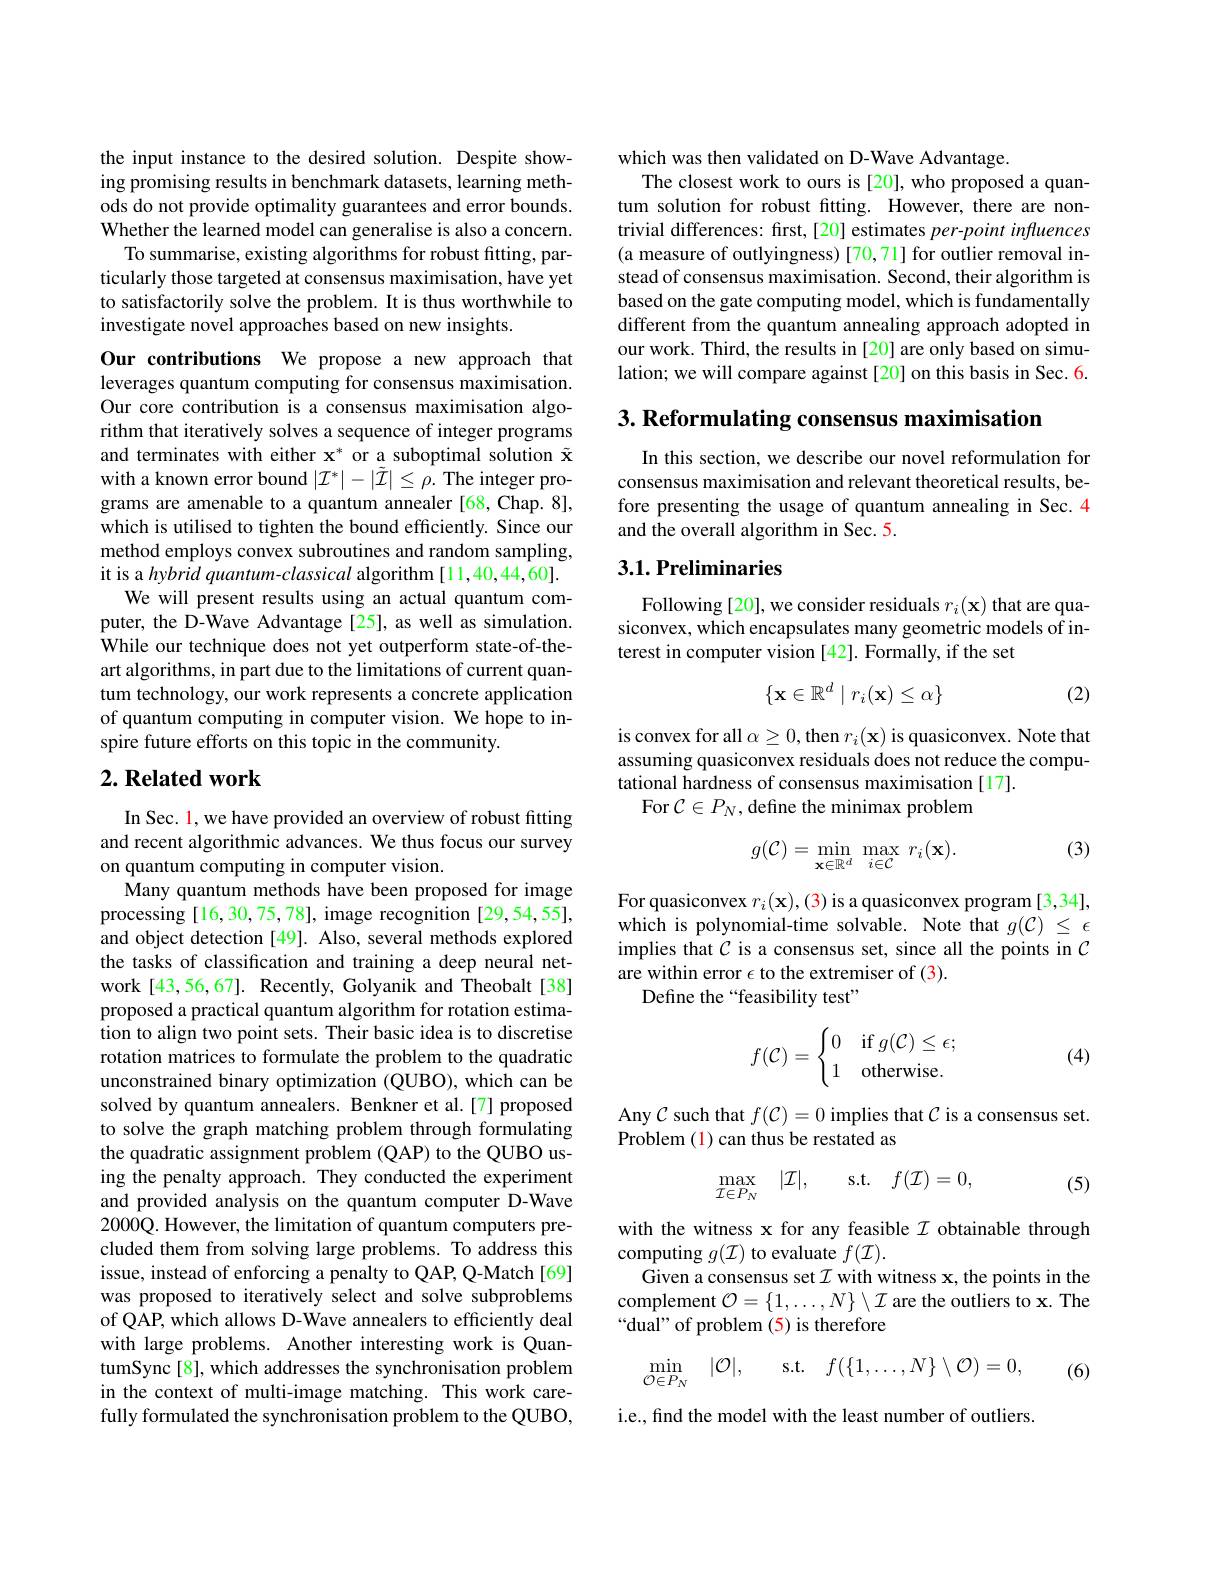
the input instance to the desired solution. Despite showing promising results in benchmark datasets, learning methods do not provide optimality guarantees and error bounds. Whether the learned model can generalise is also a concern.
To summarise, existing algorithms for robust fitting, particularly those targeted at consensus maximisation, have yet to satisfactorily solve the problem. It is thus worthwhile to investigate novel approaches based on new insights.

Our contributions We propose a new approach that leverages quantum computing for consensus maximisation. Our core contribution is a consensus maximisation algorithm that iteratively solves a sequence of integer programs and terminates with either x* or a suboptimal solution $\tilde{\mathbf{x}}$ with a known error bound $|\mathcal{I}^*|-|\tilde{\mathcal{I}}|\leq\rho.$ The integer programs are amenable to a quantum annealer[68,Chap. 8], which is utilised to tighten the bound efficiently. Since our method employs convex subroutines and random sampling, it is a hybrid quantum-classical algorithm [11,40,44,60].
We will present results using an actual quantum computer, the D-Wave Advantage[25], as well as simulation. While our technique does not yet outperform state-of-theart algorithms, in part due to the limitations of current quantum technology, our work represents a concrete application of quantum computing in computer vision. We hope to inspire future efforts on this topic in the community.

## $2. \textbf{ Related work}$

In Sec. 1, we have provided an overview of robust fitting and recent algorithmic advances. We thus focus our survey on quantum computing in computer vision.
Many quantum methods have been proposed for image processing [16,30,75,78], image recognition [29,54,55], and object detection [49]. Also, several methods explored the tasks of classification and training a deep neural network [43,56,67]. Recently, Golyanik and Theobalt[38] proposed a practical quantum algorithm for rotation estimation to align two point sets. Their basic idea is to discretise rotation matrices to formulate the problem to the quadratic unconstrained binary optimization (QUBO), which can be solved by quantum annealers. Benkner et al.[7] proposed to solve the graph matching problem through formulating the quadratic assignment problem (QAP) to the QUBO using the penalty approach. They conducted the experiment and provided analysis on the quantum computer D-Wave 2000Q. However, the limitation of quantum computers precluded them from solving large problems. To address this issue, instead of enforcing a penalty to QAP, Q-Match [69] was proposed to iteratively select and solve subproblems of QAP, which allows D-Wave annealers to efficiently deal with large problems. Another interesting work is QuantumSync [8], which addresses the synchronisation problem in the context of multi-image matching. This work carefully formulated the synchronisation problem to the QUBO,

which was then validated on D-Wave Advantage.
The closest work to ours is[20], who proposed a quantum solution for robust fitting. However, there are nontrivial differences: first,[20] estimates per-point infuences (a measure of outlyingness) [70,71] for outlier removal instead of consensus maximisation. Second, their algorithm is based on the gate computing model, which is fundamentally different from the quantum annealing approach adopted in our work. Third, the results in [20] are only based on simulation; we will compare against[20] on this basis in Sec. 6.

3. Reformulating consensus maximisation

In this section, we describe our novel reformulation for consensus maximisation and relevant theoretical results, before presenting the usage of quantum annealing in Sec.4 and the overall algorithm in Sec. 5.

## 3.1. Preliminaries

Following [20], we consider residuals $r_i(\mathbf{x})$ that are quasiconvex, which encapsulates many geometric models of interest in computer vision [42]. Formally, if the set
$$\{\mathbf{x}\in\mathbb{R}^d\mid r_i(\mathbf{x})\leq\alpha\}$$
(2)

is convex for all $\alpha\geq0$,then $r_i(\mathbf{x})$ is quasiconvex. Note that assuming quasiconvex residuals does not reduce the computational hardness of consensus maximisation[17].
For $\mathcal{C}\in P_N$,define the minimax problem

(3)
$$g(\mathcal{C})=\min_{\mathbf{x}\in\mathbb{R}^d}\max_{i\in\mathcal{C}}\:r_i(\mathbf{x}).$$
For quasiconvex $r_i(\mathbf{x}),(3)$ is a quasiconvex program [3,34], which is polynomial-time solvable. Note that $g(\mathcal{C})\leq\epsilon$ implies that $C$ is a consensus set, since all the points in $\mathcal{C}$ are within error $\epsilon$ to the extremiser of (3).
Define the“feasibility test”

(4)
$$f(\mathcal C)=\begin{cases}0&\text{if}g(\mathcal C)\leq\epsilon;\\1&\text{otherwise.}\end{cases}$$
Any $\mathcal{C}$ such that $f(\mathcal{C})=0$ implies that $\mathcal{C}$ is a consensus set.
Problem (1) can thus be restated as

(5)
$$\max_{\mathcal{I}\in P_{N}}\quad|\mathcal{I}|,\quad\mathrm{s.t.}\quad f(\mathcal{I})=0,$$
with the witness x for any feasible $\mathcal{I}$ obtainable through
computing $g(\mathcal{I})$ to evaluate $f(\mathcal{I}).$
Given a consensus set $\mathcal{I}$ with witness x, the points in the complement $\mathcal{O}=\{1,\ldots,N\}\setminus\mathcal{I}$ are the outliers to x. The $“$dual" of problem (5) is therefore
$$\min_{\mathcal{O}\in P_{N}}\quad|\mathcal{O}|,\quad\mathrm{s.t.}\quad f(\{1,\ldots,N\}\setminus\mathcal{O})=0,$$
(6)

i.e., find the model with the least number of outliers.